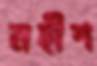
মহীশ